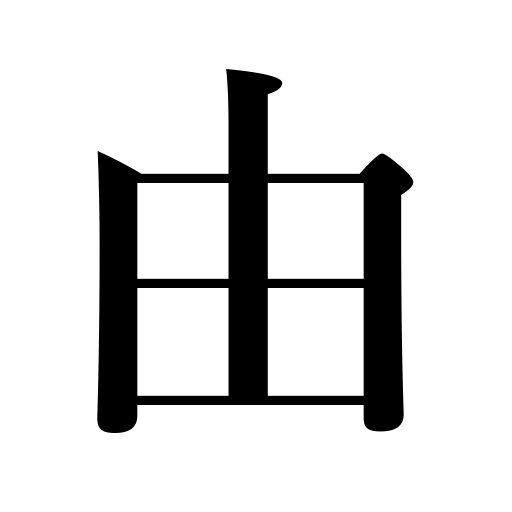
Meanings: significance,reason,cause,way,intent,point,effect,means,depend on